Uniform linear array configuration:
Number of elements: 16
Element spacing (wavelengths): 0.5
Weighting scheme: kaiser
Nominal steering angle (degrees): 45
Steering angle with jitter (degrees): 43.003
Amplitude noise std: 0.05
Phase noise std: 0.05

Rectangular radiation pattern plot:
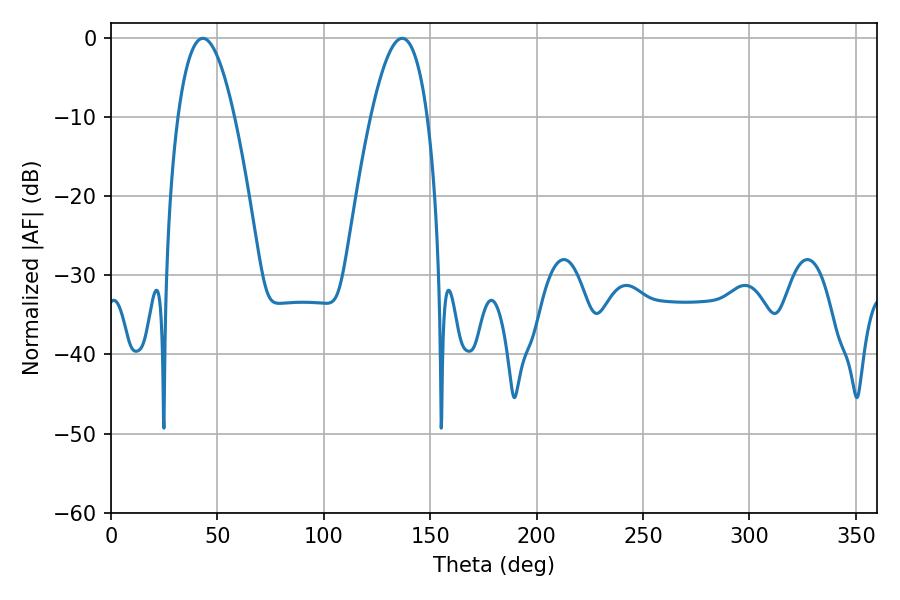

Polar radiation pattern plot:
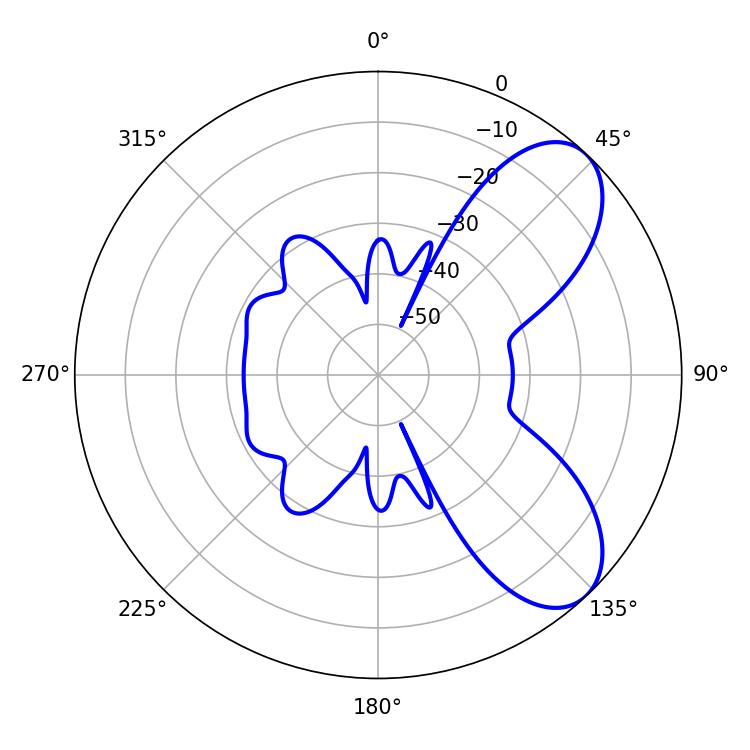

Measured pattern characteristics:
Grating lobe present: FALSE
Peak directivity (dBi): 7.243
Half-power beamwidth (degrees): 14.58
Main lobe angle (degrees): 43.2